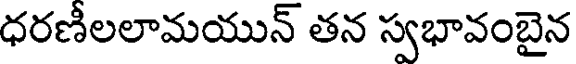
ధరణీలలామయున్ తన స్వభావంబైన